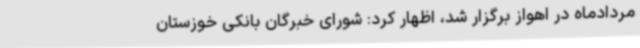
مردادماه در اهواز برگزار شد، اظهار کرد: شورای خبرگان بانکی خوزستان